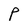
Character: P